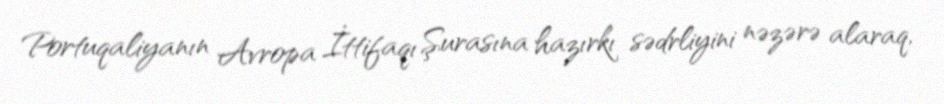
Portuqaliyanın Avropa İttifaqı Şurasına hazırkı sədrliyini nəzərə alaraq,